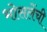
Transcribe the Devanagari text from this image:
भोसलेंची